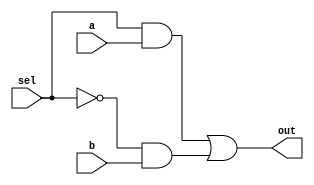
`timescale 1ns / 1ps
//2:1 mux 
module mux(
    output reg out, //Output
    input sel, //Input 1
    input a, //Input 2
    input b //Select Line
    );
    
    wire not_sel;
    always @(sel or not_sel)
        out = (sel&a)|(not_sel&b);
    
    assign not_sel = ~sel;
    
endmodule